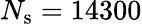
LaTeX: N_{\mathrm{s}}=14300